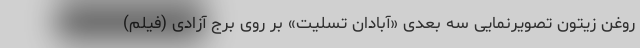
روغن زیتون تصویرنمایی سه بعدی «آبادان تسلیت» بر روی برج آزادی (فیلم)